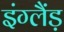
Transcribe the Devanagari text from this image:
इंग्लैंड़